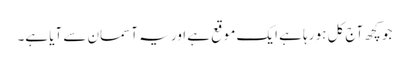
جو کچھ آج کل ہو رہا ہے ایک موقع ہے اور یہ آسمان سے آیا ہے۔